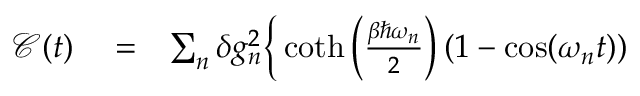
\begin{array} { r l r } { { \mathcal C } ( t ) } & { { } = } & { \sum _ { n } \delta g _ { n } ^ { 2 } \Big \{ \coth \left( \frac { \beta \hbar \omega _ { n } } { 2 } \right) \left( 1 - \cos ( \omega _ { n } t ) \right) } \end{array}